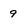
Character: 9